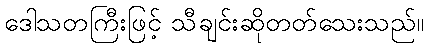
ဒေါသတကြီးဖြင့် သီချင်းဆိုတတ်သေးသည်။